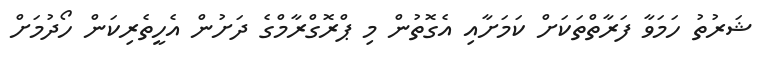
ޝަރުތު ހަމަވާ ފަރާތްތަކަށް ކަމަށާއި އެގޮތުން މި ޕްރޮގްރާމްގެ ދަށުން އެހީތެރިކަން ހޯދުމަށް